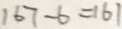
1 6 7 - 6 = 1 6 1